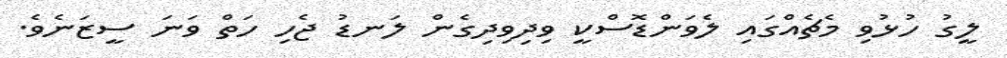
ލީގު ހުޅުވި މެޗެއްގައި ލެވަންޑޮސްކީ ވިިދިވިދިގެން ލަނޑު ޖެހި ހަތް ވަނަ ސީޒަނެވެ.